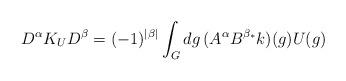
LaTeX: \begin{align*}D^\alpha K_U D^\beta =(-1)^{|\beta|}\int_G dg\,(A^\alpha B^{\beta_*}k)(g)U(g)\end{align*}